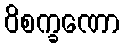
ဝိစက္ခဏော